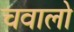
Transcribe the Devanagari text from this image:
चवालो